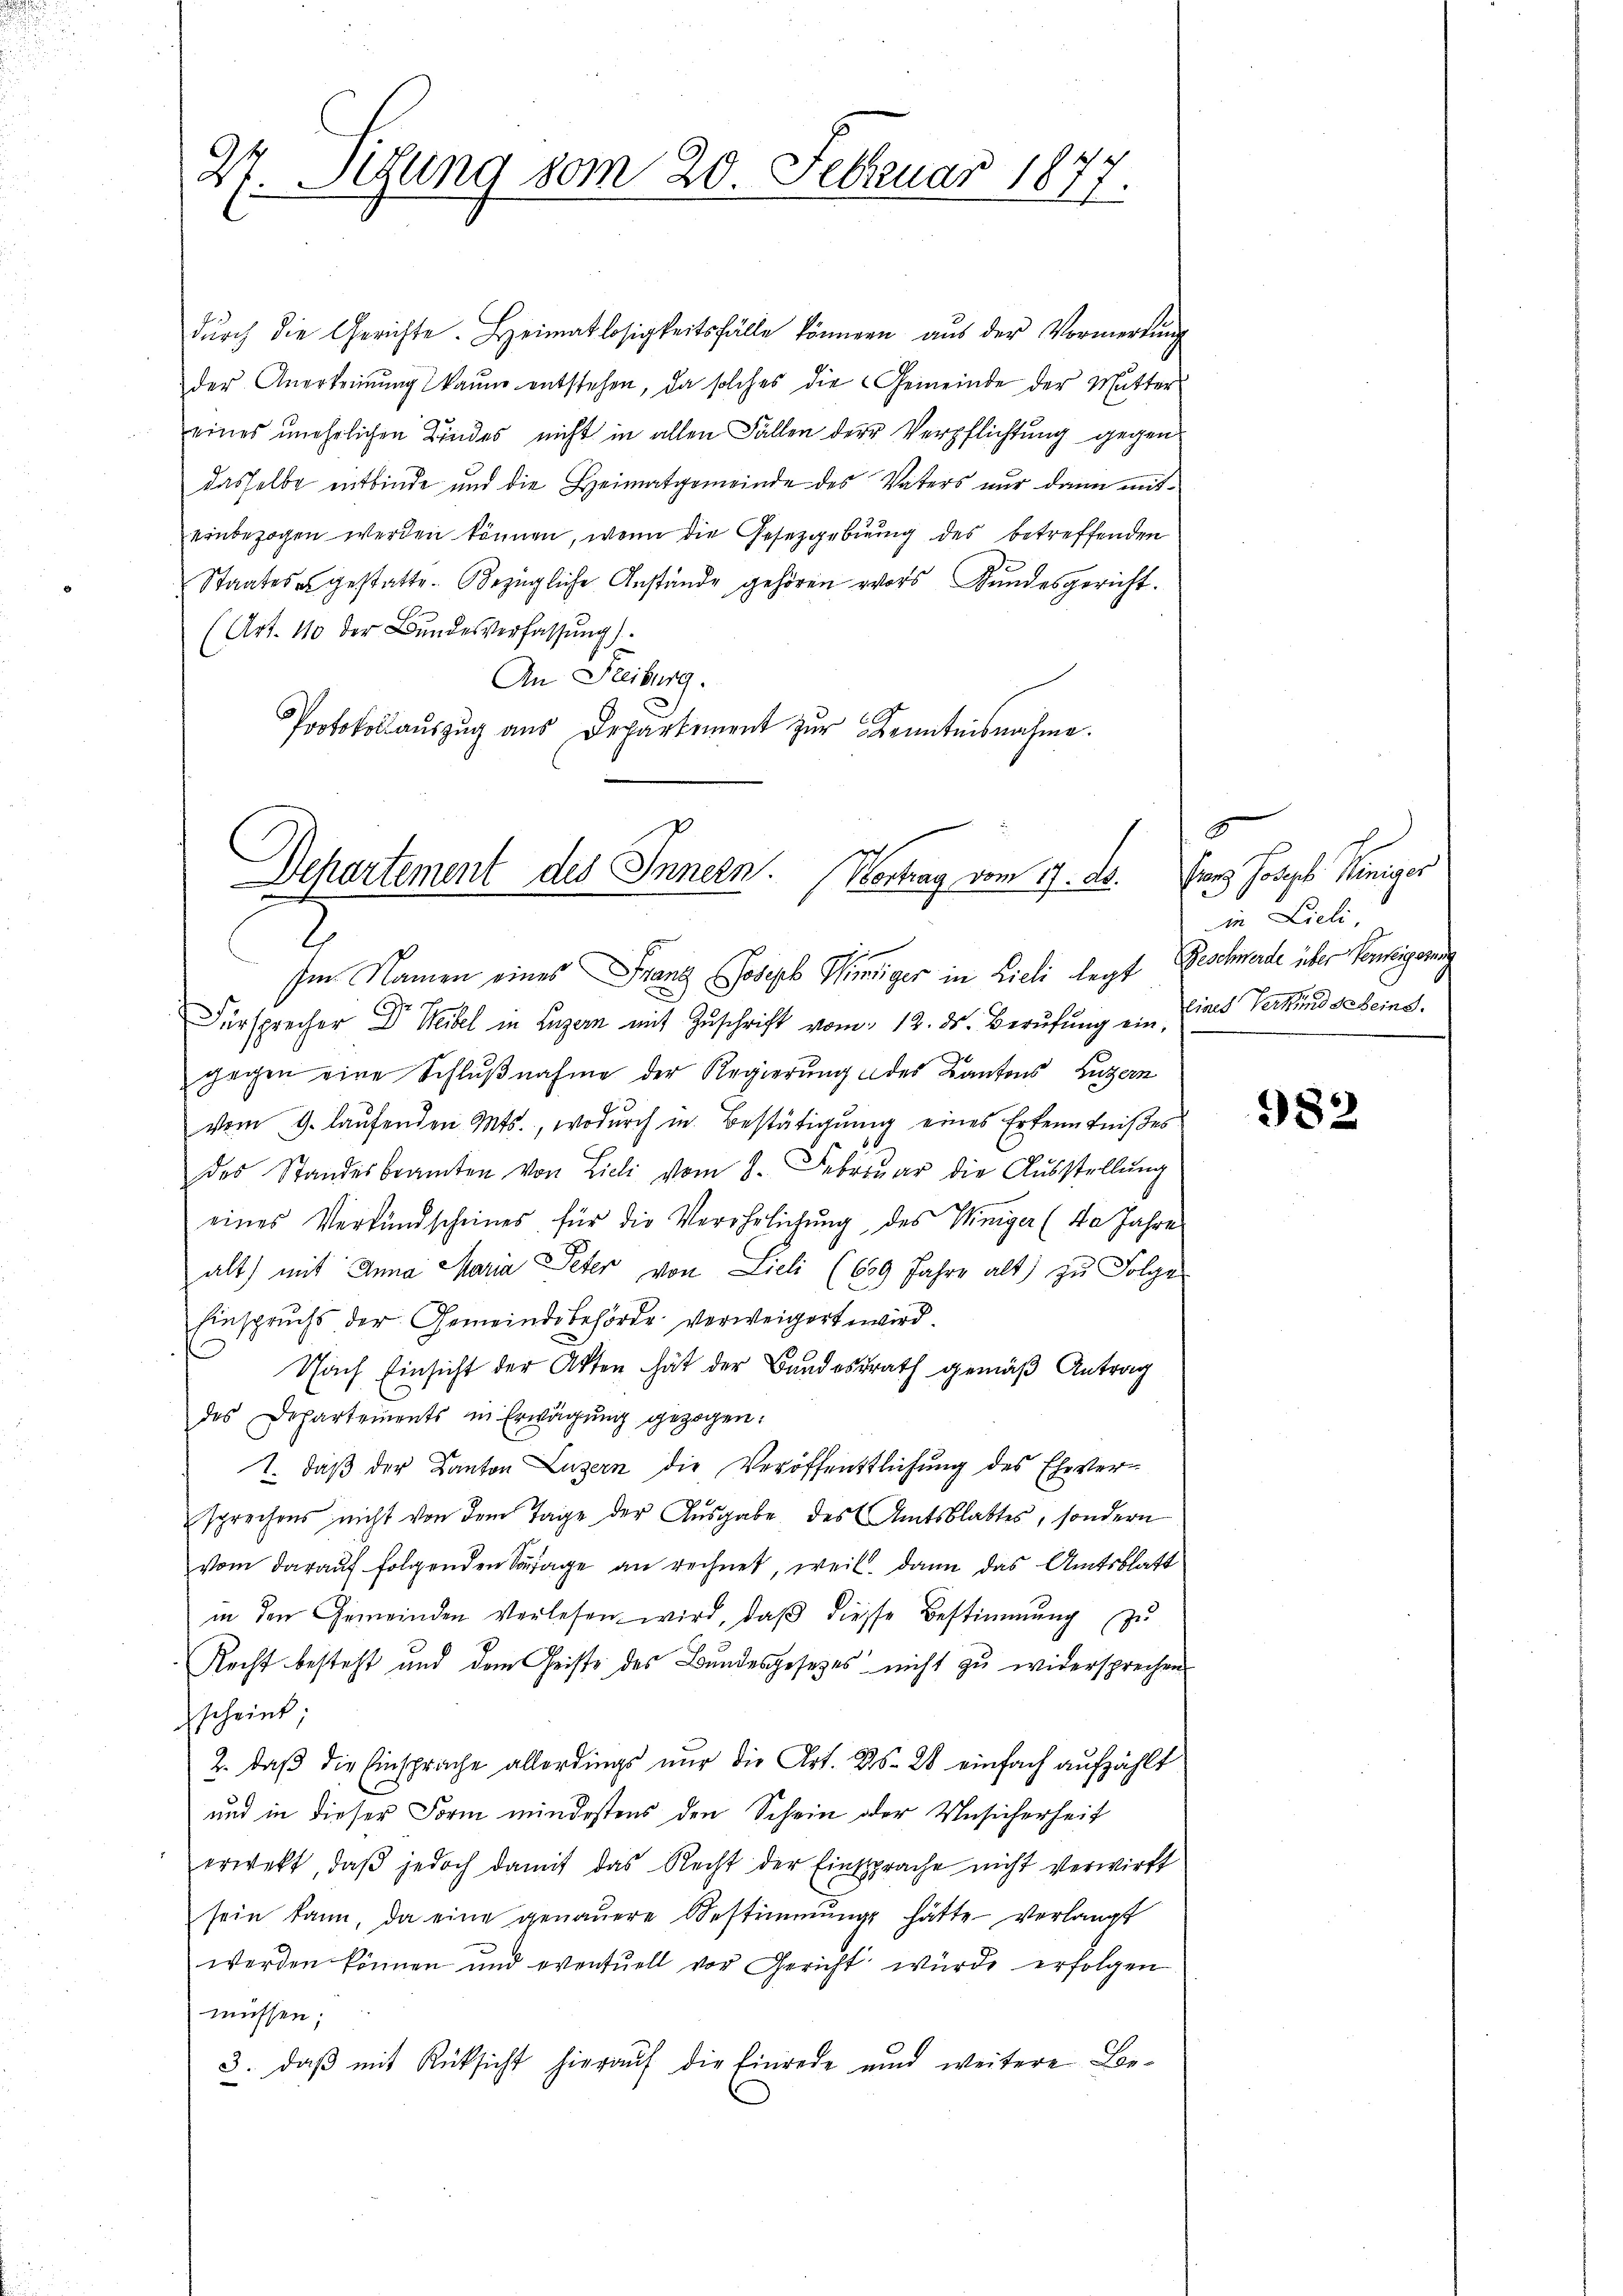
Sitzung vom 20. Februar 1877.
2.

dŭrch die Gerichte. Heimatlosigkeitsfälle könnern aŭs der Vormerkŭng
der Anerkennung kaum entstehen, da solches die Gemeinde der Mutter
eines unehrlichen Kindes nicht in allen Fällen der Verpflichtung gegendasselbe entbinde und die Heimatgemeinde des Vaters nur dann miteinbezogen werden können, wenn die Gesetzgebung des betreffenden
Staates gestatte. Bezügliche Anstände gehören vors Kundesgericht.
(Art. 110 der Bundesverfassung).
An Freiburg.
Protokollauszug aus Departement zur Kenntnisnahme.

Dehartement des Innern. Vortrag vom 17. ds. Eier Joseph Winiger
.

Im Namen eines Franz Joseph Mündiger in Lieli legt Beschwerde über Vereigerung
Fürsprecher Dr. Weibel in Luzern mit Zŭschrift vom 12. ds. Berufung ein,
gegen eine Schlußnahme der Regierung des Kantons Luzern
vom 9. laŭfenden Mts., wodŭrch in Bestätigŭng eines Erkenntnißes
des Standesbeamten von Licli vom 8. Febrŭar die Aŭsstellŭng
eines Verkündscheines für die Verehrlichŭng des Winiger (da Jahre
alt) mit Anna Maria Peter von Lieli (659 Jahre alt zu Folge
Einspruchs der Gemeindsbehörde verweigert wird.
Nach Einsicht der Akten hat der Bundesrath gemäß Antrag
des Departements in Erwägung gezogen:
1. daß der Kanton Luzern die Veröffentlichung des Ehever-
sprechens nicht von dem Tage der Ausgabe des Amtsblattes, sondern
vom darauf folgenden Saage an rechnet, weil dann das Amtsblatt
in den Gemeinden Verlesen wird, daβ diesse Bestimmung zŭ
Recht besteht und dem Geiste des Bundesgesezes nicht zu widersprechen
scheint
2. daß die Einsprache allerdings nur die Art. 25. 28 einfach aufzählt
und in dieser Form mindestens den Schein der Unsicherheit
erwebt, daβ jedoch damit das Recht der Einsprache nicht verwirft
sein kann, da eine genauere Bestimmung hätte verlangt
werden können und eventuell vor Gericht würde erfolgen
müssen;
3. daβ mit Rücksicht hierauf die Einrede und weitere Be-

A
in Lieli,
lines Verkund scheins.

982